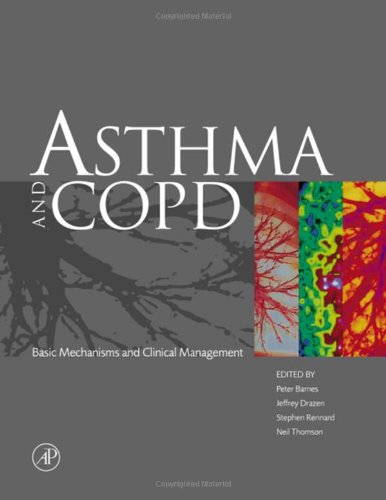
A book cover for Asthma and COPD: Basic Mechanisms and Clinical Management; Peter J. Barnes DM FRS FMedSci; Health, Fitness & Dieting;